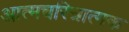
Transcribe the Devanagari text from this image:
अात्मचरित्रात्मक